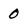
Character: 0